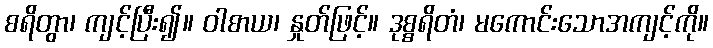
စရိတွာ၊ ကျင့်ပြီး၍။ ဝါစာယ၊ နှုတ်ဖြင့်။ ဒုစ္စရိတံ၊ မကောင်းသောအကျင့်ကို။